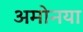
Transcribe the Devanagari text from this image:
अमोनया